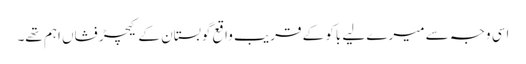
اسی وجہ سے میرے لیے باکو کے قریب واقع گوبستان کے کیچڑ فشاں اہم تھے۔